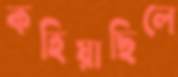
কহিয়াছিলে